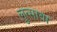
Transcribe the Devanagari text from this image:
लुत्सावा